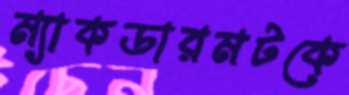
ম্যাকডারমটকে